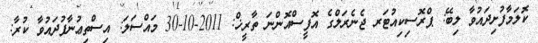
ކޮލަމާފުށިދައުވާ ލިބޭ: ޕްރޮސިކިއުޓަރ ޖެނެރަލްގެ އޮފީސްއޮންނަ ތާރީޚް: 2011-10-30 މައްސަލަ: އިސްތިޢުނާފުދައުވާ ކުރާ: